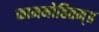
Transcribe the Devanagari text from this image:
काममोहितम्॥